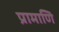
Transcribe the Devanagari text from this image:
प्रामाणि